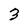
Character: 3